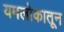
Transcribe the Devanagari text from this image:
यमलोकातून